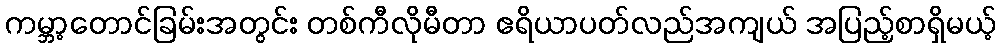
ကမ္ဘာ့တောင်ခြမ်းအတွင်း တစ်ကီလိုမီတာ ဧရိယာပတ်လည်အကျယ် အပြည့်စာရှိမယ့်